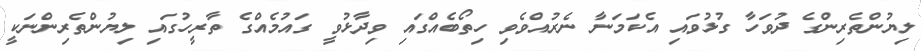
ލިޔުންތެރިންގެ ދުވަހާ ގުޅުވައި އެކަމަނާ ނެރުއްވެވި ހިތޯބެއްގައި ވިދާޅުވީ ގައުމެއްގެ ތާރީހުގައި ލިޔުންތެރިންނަކީ